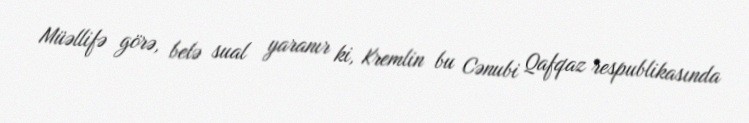
Müəllifə görə, belə sual yaranır ki, Kremlin bu Cənubi Qafqaz respublikasında